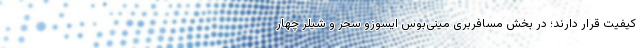
کیفیت قرار دارند؛ در بخش مسافربری مینی‌بوس ایسوزو سحر و شیلر چهار